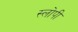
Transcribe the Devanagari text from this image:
स्लोपी